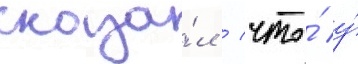
сказа́л / что́ у́